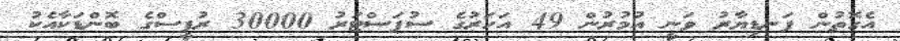
އެގޮތުން ފަނޑިޔާރު ވަނީ އުމުރުން 49 އަހަރުގެ ސުޕަސްޓަރު 30000 ރުޕީސްގެ ބޮންޑަކާއެކު